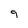
Character: g